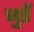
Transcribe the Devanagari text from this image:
जुएँ